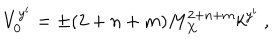
V _ { 0 } ^ { y ^ { i } } = \pm ( 2 + n + m ) M _ { X } ^ { 2 + n + m } k ^ { y ^ { i } } ~ , ~ \,